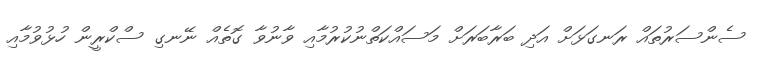
ސެންސަރުތައް ރަނގަޅަށް އަދި ބަރާބަރަށް މަސައްކަތްނުކުރުމާއި ވާނުވާ ގޮތެއް ނޭނގި ސްކްރީން ހުޅުވުމާއި